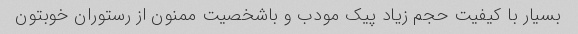
بسیار با کیفیت حجم زیاد پیک مودب و باشخصیت ممنون از رستوران خوبتون